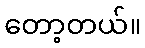
တော့တယ်။